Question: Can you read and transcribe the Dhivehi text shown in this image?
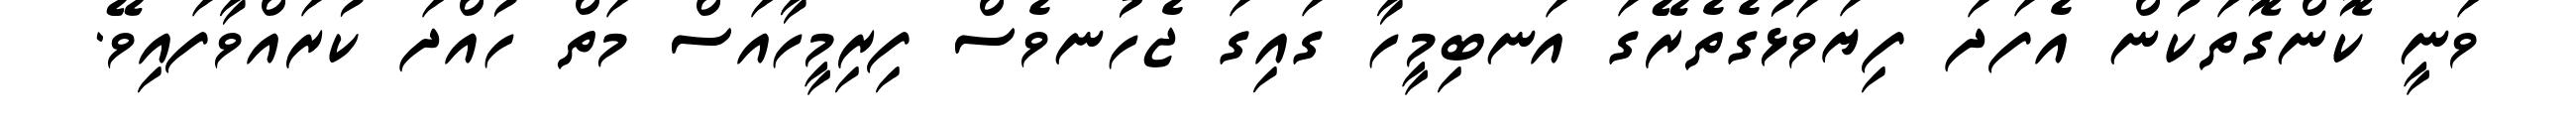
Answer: ވަނީ ކޮންގޮތަކުން އެފަދަ ފިޔަވަޅުގެތެރޭގަ އަނބިމީހާ ގައިގަ ޖެހުނވެސް ފިރިމީހާއަސް މަތް ހުއްދަ ކުރައްވާފައިވޭ.